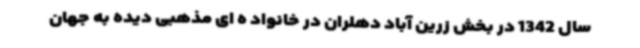
سال 1342 در بخش زرین آباد دهلران در خانواد ه ای مذهبی دیده به جهان